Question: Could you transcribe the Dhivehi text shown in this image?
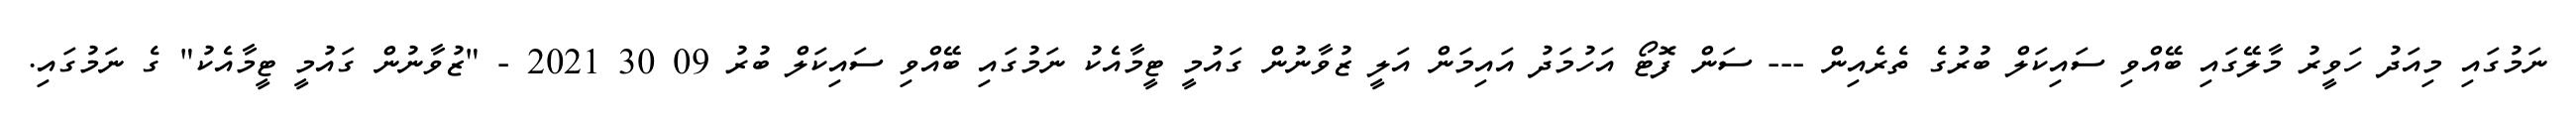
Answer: ނަމުގައި މިއަދު ހަވީރު މާލޭގައި ބޭއްވި ސައިކަލް ބުރުގެ ތެރެއިން --- ސަން ފޮޓޯ އަހުމަދު އައިމަން އަލީ ޒުވާނުން ގައުމީ ޓީމާއެކު ނަމުގައި ބޭއްވި ސައިކަލް ބުރު 09 30 2021 - "ޒުވާނުން ގައުމީ ޓީމާއެކު" ގެ ނަމުގައި.